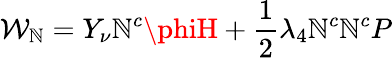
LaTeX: {\cal{W}}_{\mathbb{N}}=Y_{\nu}\mathbb{N}^{c}\phiH+\frac{{1}}{{2}}\lambda_{4}\mathbb{N}^{c}\mathbb{N}^{c}P